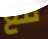
مع